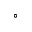
^ { \circ }